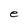
Character: e